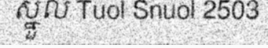
ស្នួល Tuol Snuol 2503